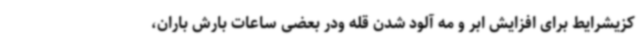
کزیشرایط برای افزایش ابر و مه آلود شدن قله ودر بعضی ساعات بارش باران،